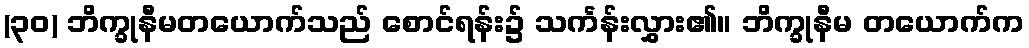
(၃၀) ဘိက္ခုနီမတယောက်သည် စောင်ရန်း၌ သင်္ကန်းလွှား၏။ ဘိက္ခုနီမ တယောက်က